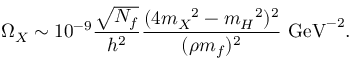
\Omega _ { X } \sim 1 0 ^ { - 9 } { \frac { \sqrt { N _ { f } } } { h ^ { 2 } } } { \frac { ( 4 m _ { X } \/ ^ { 2 } - m _ { H } \/ ^ { 2 } ) ^ { 2 } } { ( \rho m _ { f } ) ^ { 2 } } } \mathrm { ~ G e V } ^ { - 2 } .